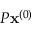
{ P } \mathbf { x } ^ { ( 0 ) }